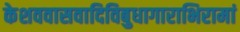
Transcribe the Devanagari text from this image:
केशववासवादिविबुधागाराभिरामां